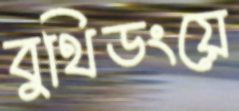
বুথিডংয়ে